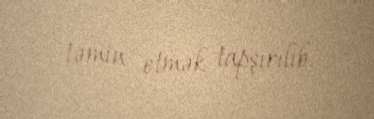
təmin etmək tapşırılıb.